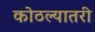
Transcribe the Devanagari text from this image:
कोठल्यातरी